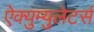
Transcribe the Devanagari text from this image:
ऐक्युम्युलेटर्स